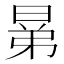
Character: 晜